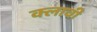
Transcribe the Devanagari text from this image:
क्लावी